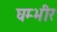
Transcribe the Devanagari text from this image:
घम्भीर